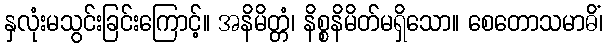
နှလုံးမသွင်းခြင်းကြောင့်။ အနိမိတ္တံ၊ နိစ္စနိမိတ်မရှိသော။ စေတောသမာဓိံ၊